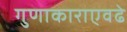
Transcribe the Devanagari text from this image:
गुणाकाराएवढे